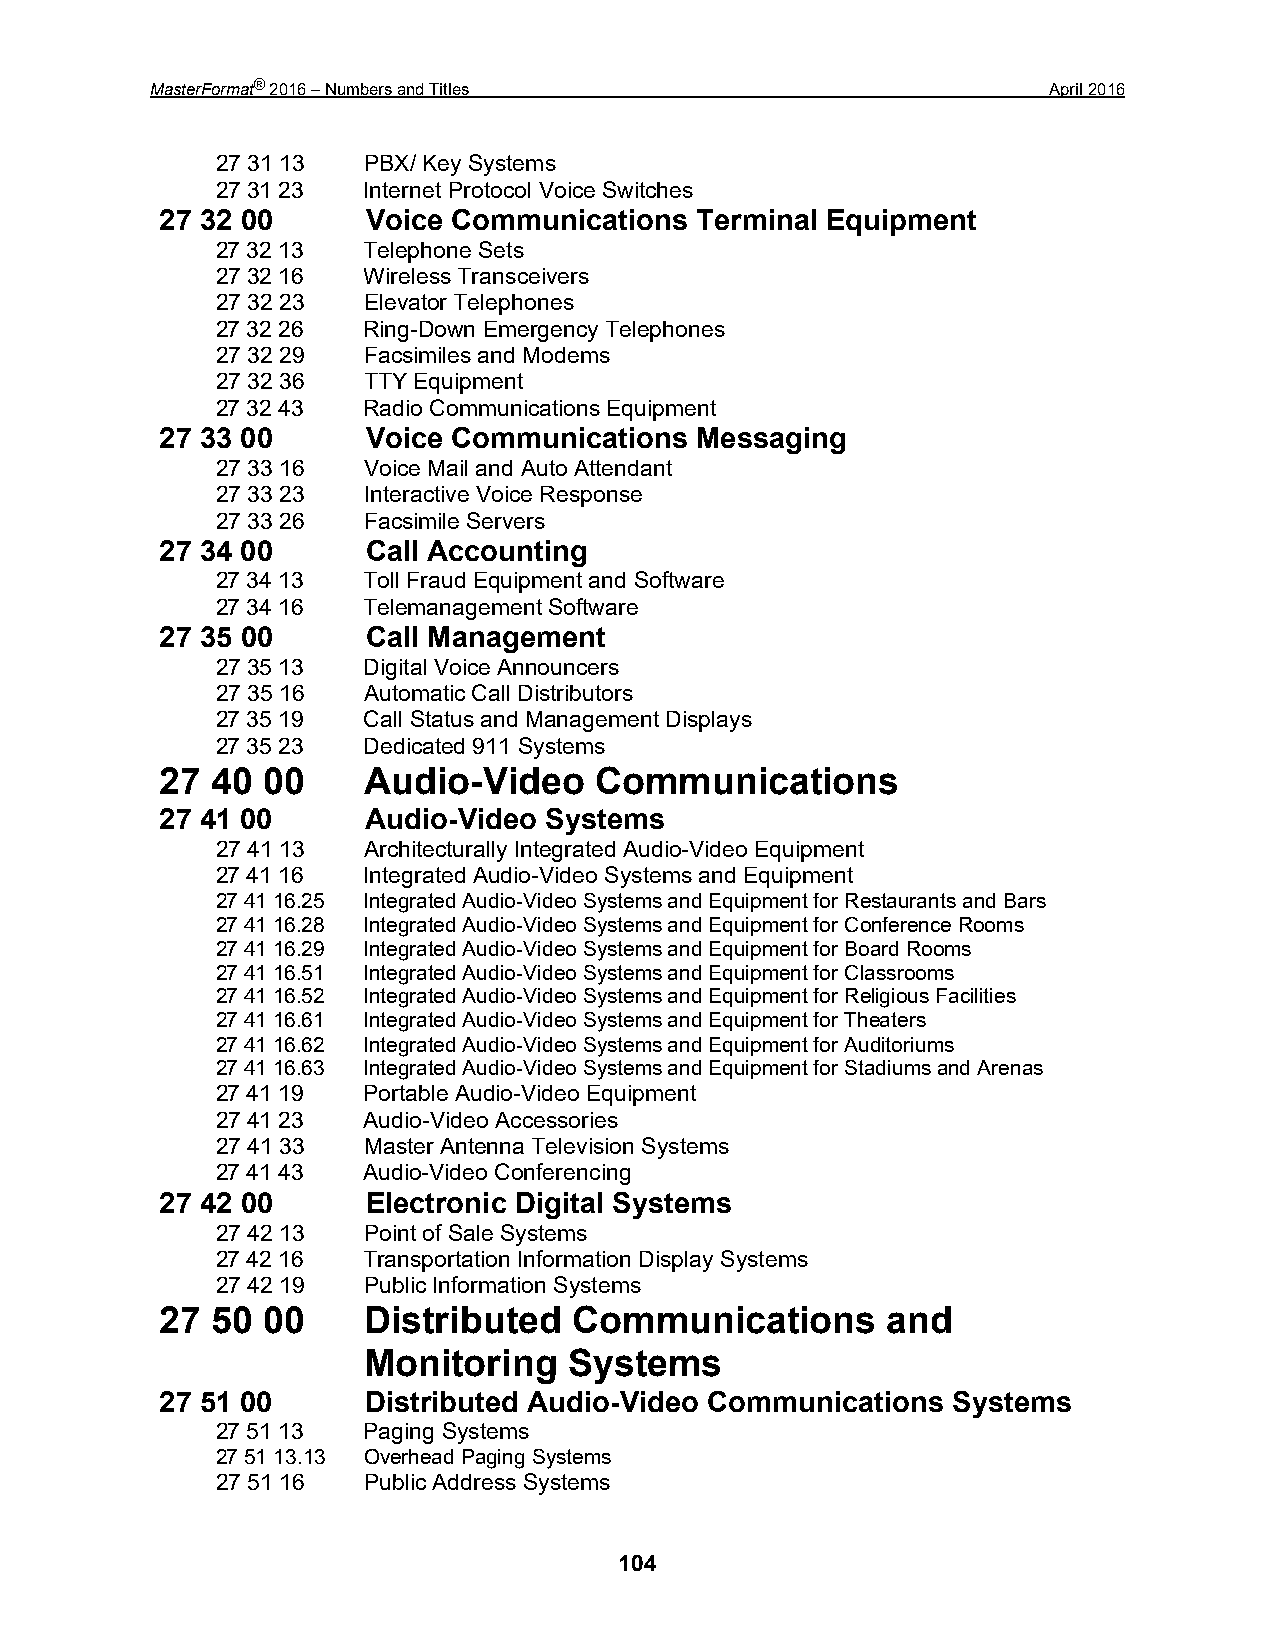
MasterFormat® 2016 – Numbers and Titles                     April 2016
 27 31 13  PBX/ Key Systems
 27 31 23  Internet Protocol Voice Switches
 27 32 00     Voice Communications  Terminal Equipment
 27 32 13  Telephone Sets
 27 32 16  Wireless Transceivers
 27 32 23  Elevator Telephones
 27 32 26  Ring-Down Emergency Telephones
 27 32 29  Facsimiles and Modems
 27 32 36  TTY Equipment
 27 32 43  Radio Communications Equipment
 27 33 00     Voice Communications  Messaging
 27 33 16  Voice Mail and Auto Attendant
 27 33 23  Interactive Voice Response
 27 33 26  Facsimile Servers
 27 34 00     Call Accounting
 27 34 13  Toll Fraud Equipment and Software
 27 34 16  Telemanagement Software
 27 35 00     Call Management
 27 35 13  Digital Voice Announcers
 27 35 16  Automatic Call Distributors
 27 35 19  Call Status and Management Displays
 27 35 23  Dedicated 911 Systems
 27 40 00     Audio-Video    Communications
 27 41 00     Audio-Video Systems
 27 41 13  Architecturally Integrated Audio-Video Equipment
 27 41 16  Integrated Audio-Video Systems and Equipment
 27 41 16.25 Integrated Audio-Video Systems and Equipment for Restaurants and Bars
 27 41 16.28 Integrated Audio-Video Systems and Equipment for Conference Rooms
 27 41 16.29 Integrated Audio-Video Systems and Equipment for Board Rooms
 27 41 16.51 Integrated Audio-Video Systems and Equipment for Classrooms
 27 41 16.52 Integrated Audio-Video Systems and Equipment for Religious Facilities
 27 41 16.61 Integrated Audio-Video Systems and Equipment for Theaters
 27 41 16.62 Integrated Audio-Video Systems and Equipment for Auditoriums
 27 41 16.63 Integrated Audio-Video Systems and Equipment for Stadiums and Arenas
 27 41 19  Portable Audio-Video Equipment
 27 41 23  Audio-Video Accessories
 27 41 33  Master Antenna Television Systems
 27 41 43  Audio-Video Conferencing
 27 42 00     Electronic Digital Systems
 27 42 13  Point of Sale Systems
 27 42 16  Transportation Information Display Systems
 27 42 19  Public Information Systems
 27 50 00     Distributed   Communications       and
 Monitoring    Systems
 27 51 00     Distributed Audio-Video Communications Systems
 27 51 13  Paging Systems
 27 51 13.13 Overhead Paging Systems
 27 51 16  Public Address Systems
 104